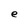
Character: e